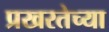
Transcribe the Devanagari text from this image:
प्रखरतेच्या